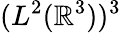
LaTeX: (L^{2}(\mathbb{R}^{3}))^{3}